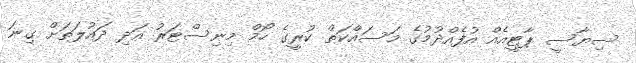
ސިޔާސީ ޕާޓީއެއް އުފެއްދުމުގެ މަސައްކަތް ކުރީގެ ހޯމް މިނިސްޓަރު އަދި ދައުލަތަށް ގިނަ